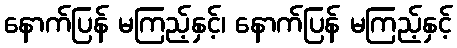
နောက်ပြန် မကြည့်နှင့်၊ နောက်ပြန် မကြည့်နှင့်